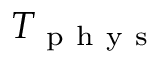
T _ { \mathrm { ~ p ~ h ~ y ~ s ~ } }